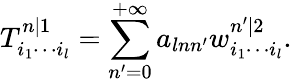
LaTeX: T_{i_{1}\cdots i_{l}}^{n|1}=\sum_{n^{\prime}=0}^{+\infty}a_{lnn^{\prime}}w_{i_{1}\cdots i_{l}}^{n^{\prime}|2}.